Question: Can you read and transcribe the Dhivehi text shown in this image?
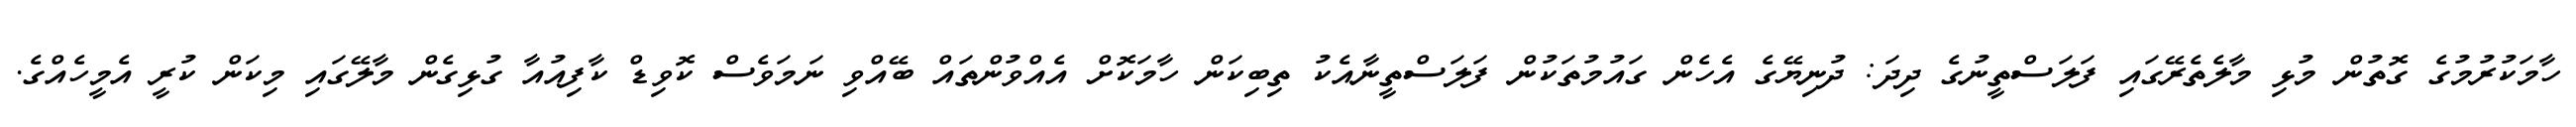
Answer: ހާމަކުރުމުގެ ގޮތުން މުޅި މާލެތެރޭގައި ފަލަސްތީނުގެ ދިދަ: ދުނިޔޭގެ އެހެން ގައުމުތަކުން ފަލަސްތީނާއެކު ތިބިކަން ހާމަކޮށް އެއްވުންތައް ބޭއްވި ނަމަވެސް ކޮވިޑް ކާފިއުއާ ގުޅިގެން މާލޭގައި މިކަން ކުރީ އެމީހެއްގެ.